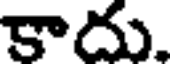
కాదు.